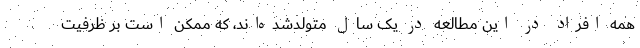
همه افراد در این مطالعه در یک سال متولدشده‌اند، که ممکن است بر ظرفیت